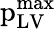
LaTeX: \mathrm{p}_{\mathrm{LV}}^{\mathrm{max}}